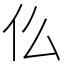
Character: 仫